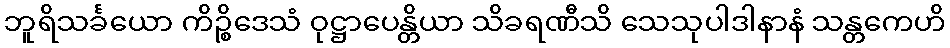
ဘူရိသင်္ခယော ကိဉ္စိဒေသံ ဝုဋ္ဌာပေန္တိယာ သိခရဏီသိ သေသုပါဒါနာနံ သန္တကေဟိ